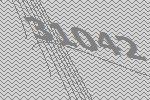
31042